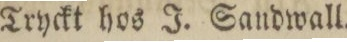
Tryckt hos J. Sandwall.